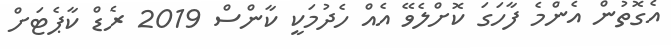
އެގޮތުން އެންމެ ފާހަގަ ކޮށްލެވޭ އެއް ހެދުމަކީ ކާންސް 2019 ރެޑް ކާޕެޓަށް